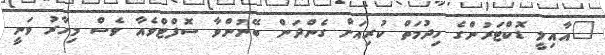
"އާއިލީ ޑޮކްޓަރުންގެ ހިދުމަތް ކުރިއަށް ގެންދަން ބޭނުންވާ ސޮފްޓްވެއާ ވެސް މިހާރު ވަނީ